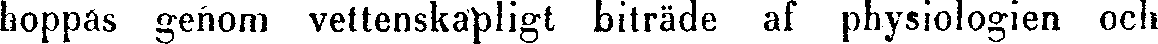
hoppas genom vettenskapligt biträde af physiologien och